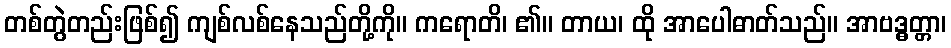
တစ်တွဲတည်းဖြစ်၍ ကျစ်လစ်နေသည်တို့ကို။ ကရောတိ၊ ၏။ တာယ၊ ထို အာပေါဓာတ်သည်။ အာဗဒ္ဓတ္တာ၊